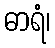
ဓာရံ၊